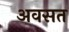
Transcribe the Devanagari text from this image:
अवसत